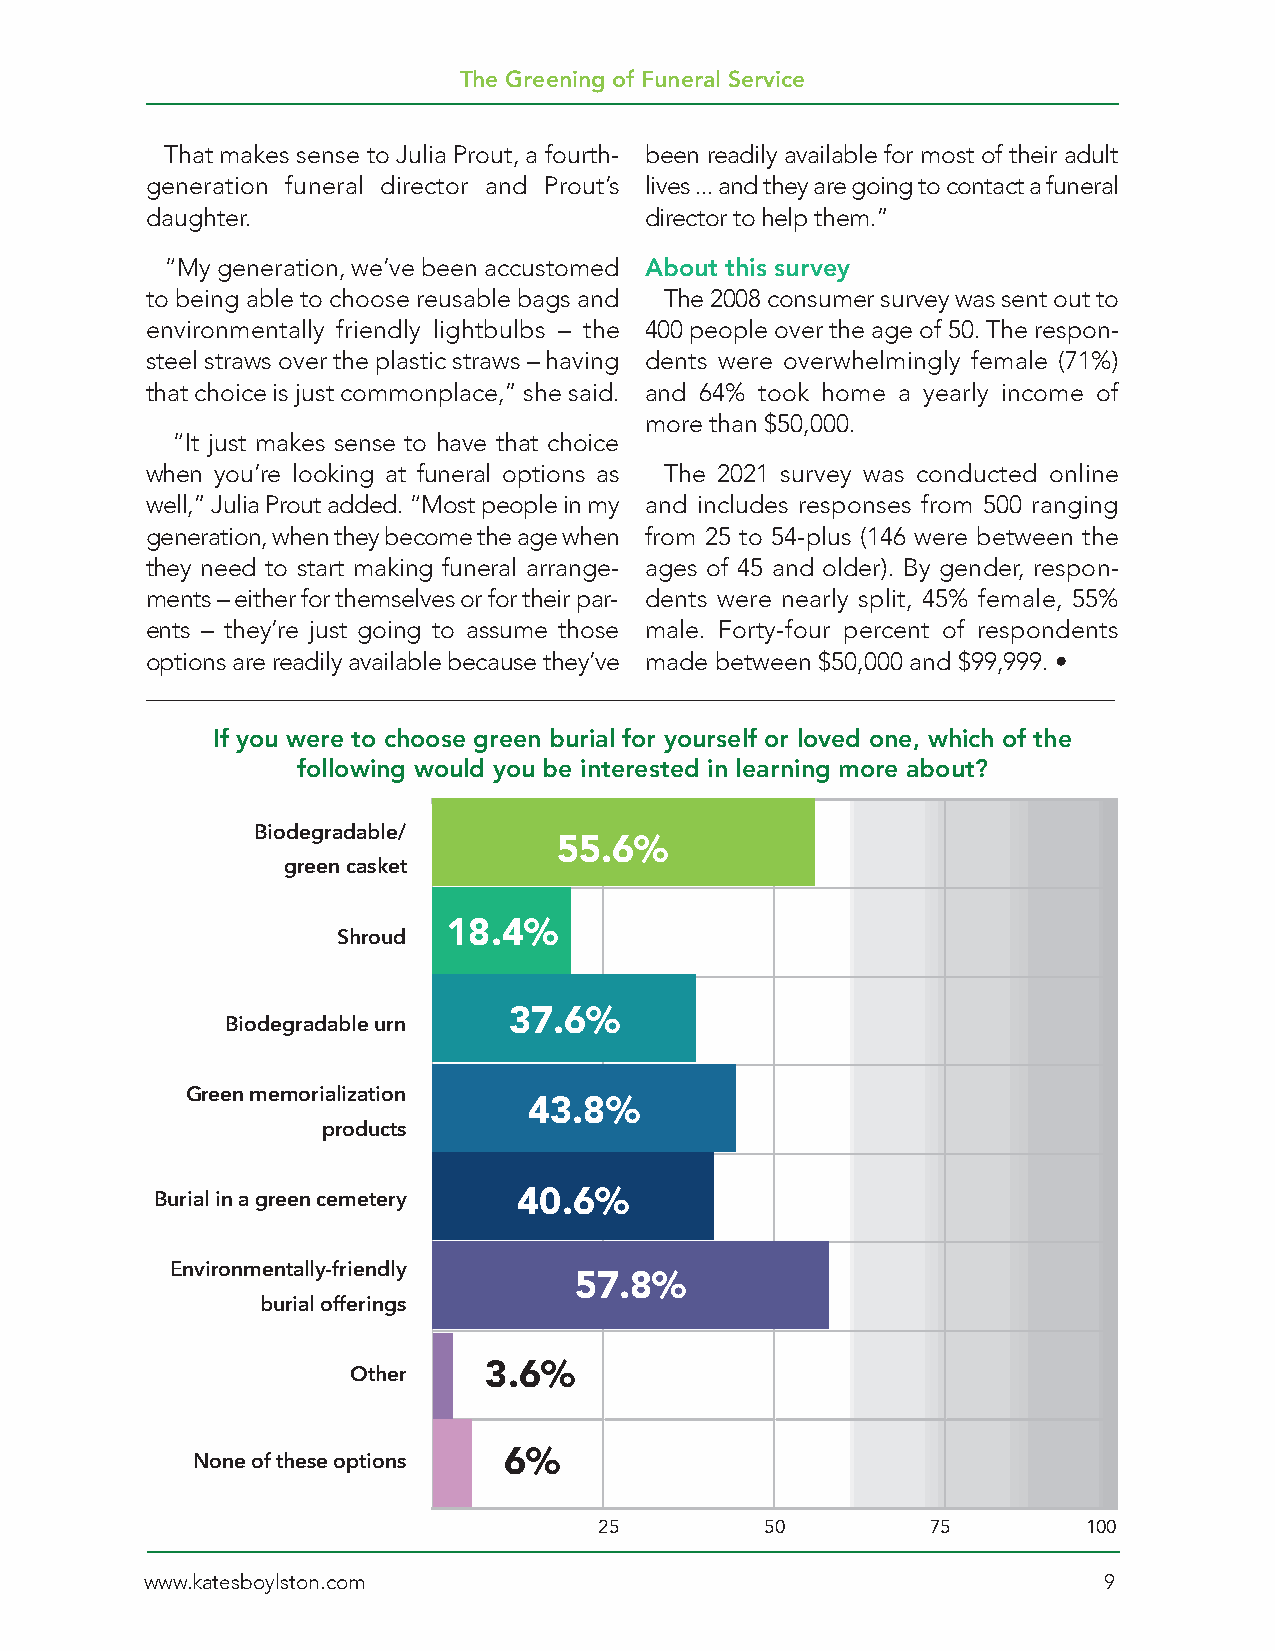
The Greening of Funeral Service
 That makes sense to Julia Prout, a fourth- been readily available for most of their adult
 generation funeral director and Prout’s lives ... and they are going to contact a funeral
 daughter.                        director to help them.”
 “My generation, we’ve been accustomed About this survey
 to being able to choose reusable bags and The 2008 consumer survey was sent out to
 environmentally friendly lightbulbs – the 400 people over the age of 50. The respon-
 steel straws over the plastic straws – having dents were overwhelmingly female (71%)
 that choice is just commonplace,” she said. and 64% took home a yearly income of
 more than $50,000.
 “It just makes sense to have that choice
 when you’re looking at funeral options as The 2021 survey was conducted online
 well,” Julia Prout added. “Most people in my and includes responses from 500 ranging
 generation, when they become the age when from 25 to 54-plus (146 were between the
 they need to start making funeral arrange- ages of 45 and older). By gender, respon-
 ments – either for themselves or for their par- dents were nearly split, 45% female, 55%
 ents – they’re just going to assume those male. Forty-four percent of respondents
 options are readily available because they’ve made between $50,000 and $99,999. •
 If you were to choose green burial for yourself or loved one, which of the
 following would you be interested in learning more about?
 Biodegradable/
 55.6%
 green casket
 18.4%
 Shroud
 37.6%
 Biodegradable urn
 Green memorialization
 43.8%
 products
 40.6%
 Burial in a green cemetery
 Environmentally-friendly
 57.8%
 burial offerings
 3.6%
 Other
 6%
 None of these options
 25         50         75        100
 www.katesboylston.com                                          9